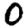
Digit: 0